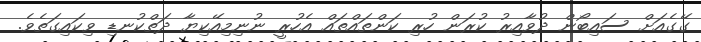
ގޭގެއަށް ސައިބޯން ދުވާއިރު ކުރަން ހުރި ކަންތައްތައް އެހުރީ ނުނިމިއޭކިޔާ ދަތްކުނޑި ވިކައިގަތެވެ.